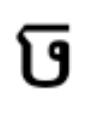
ច